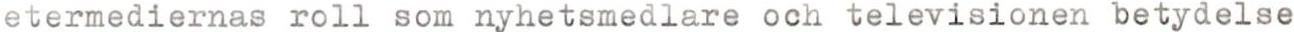
etermediernas roll som nyhetsmedlare och televisionen betydelse